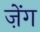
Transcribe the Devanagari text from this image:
ज़ेंग